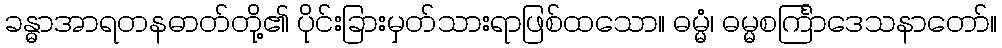
ခန္ဓာအာရတနဓာတ်တို့၏ ပိုင်းခြားမှတ်သားရာဖြစ်ထသော။ ဓမ္မံ၊ ဓမ္မစင်္ကြာဒေသနာတော်။